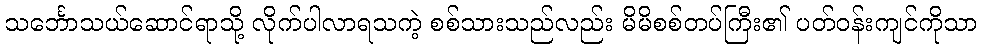
သင်္ဘောသယ်ဆောင်ရာသို့ လိုက်ပါလာရသကဲ့ စစ်သားသည်လည်း မိမိစစ်တပ်ကြီး၏ ပတ်ဝန်းကျင်ကိုသာ